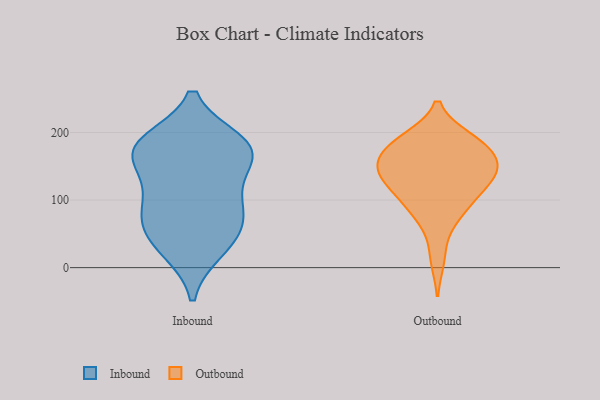
{"axis": {"x": "Latency (ms)", "y": "Value"}, "legend": ["Inbound", "Outbound"], "data": [{"x": "", "y": 99, "type": "Inbound"}, {"x": "", "y": 180, "type": "Inbound"}, {"x": "", "y": 177, "type": "Inbound"}, {"x": "", "y": 27, "type": "Inbound"}, {"x": "", "y": 176, "type": "Inbound"}, {"x": "", "y": 160, "type": "Inbound"}, {"x": "", "y": 61, "type": "Inbound"}, {"x": "", "y": 64, "type": "Inbound"}, {"x": "", "y": 84, "type": "Inbound"}, {"x": "", "y": 33, "type": "Inbound"}, {"x": "", "y": 114, "type": "Inbound"}, {"x": "", "y": 167, "type": "Inbound"}, {"x": "", "y": 185, "type": "Inbound"}, {"x": "", "y": 150, "type": "Outbound"}, {"x": "", "y": 14, "type": "Outbound"}, {"x": "", "y": 106, "type": "Outbound"}, {"x": "", "y": 68, "type": "Outbound"}, {"x": "", "y": 183, "type": "Outbound"}, {"x": "", "y": 150, "type": "Outbound"}, {"x": "", "y": 153, "type": "Outbound"}, {"x": "", "y": 124, "type": "Outbound"}, {"x": "", "y": 86, "type": "Outbound"}, {"x": "", "y": 187, "type": "Outbound"}, {"x": "", "y": 140, "type": "Outbound"}, {"x": "", "y": 139, "type": "Outbound"}, {"x": "", "y": 124, "type": "Outbound"}, {"x": "", "y": 149, "type": "Outbound"}, {"x": "", "y": 181, "type": "Outbound"}, {"x": "", "y": 94, "type": "Outbound"}, {"x": "", "y": 182, "type": "Outbound"}, {"x": "", "y": 190, "type": "Outbound"}]}